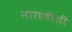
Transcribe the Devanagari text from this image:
नाराजीशी